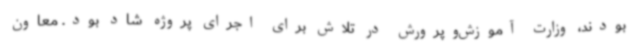
بودند، وزارت آموزش‌وپرورش در تلاش برای اجرای پروژه شاد بود. معاون